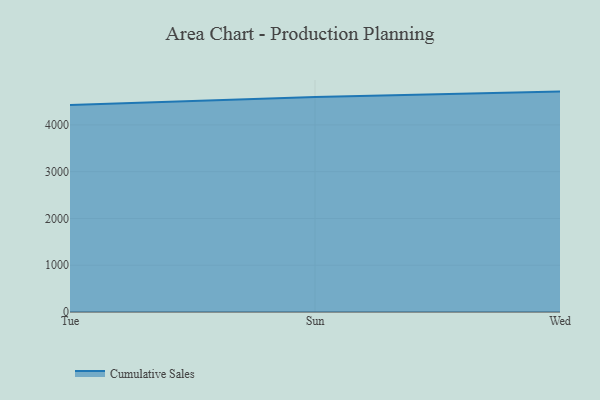
{"axis": {"x": "Day", "y": "Population (Million)"}, "legend": ["Cumulative Sales"], "data": [{"x": "Tue", "y": 4426.7, "type": "Cumulative Sales"}, {"x": "Sun", "y": 4596.1, "type": "Cumulative Sales"}, {"x": "Wed", "y": 4712.8, "type": "Cumulative Sales"}]}